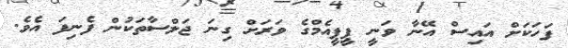
ފަހަކަށް އައިސް އޭނާ ވަނީ ޕީޕީއެމްގެ ވަރަށް ގިނަ ޖަލްސާތަކުން ފެނިފަ އެވެ.